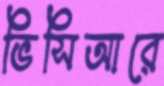
ভিসিআরে